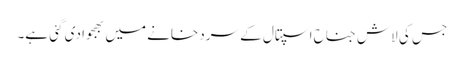
جس کی لاش جناح اسپتال کے سرد خانے میں بھجوا دی گئی ہے۔